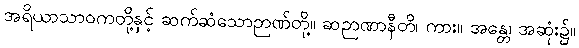
အရိယာသာဝကတို့နှင့် ဆက်ဆံသောဉာဏ်တို့။ ဆဉာဏာနီတိ၊ ကား။ အန္တေ၊ အဆုံး၌။